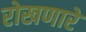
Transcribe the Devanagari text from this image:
रोखणारे